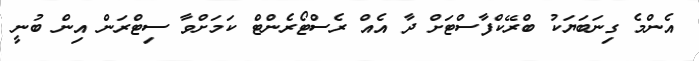
އެންމެ ގިނަބަޔަކު ބްރޭކްފާސްޓަށް ދާ އެއް ރެސްޓޯރެންޓް ކަމަށްވާ ސިޓްރަން އިން ބުނީ